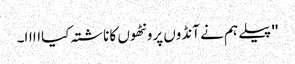
'' پیلے ہم نے آنڈوں پرونٹھوں کا ناشتہ کیااااا۔